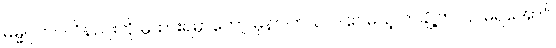
ဓမ္မဂုတ်။ ။ ဝိနည်းကို မူထားရမှာတော့ မှန်ပါတယ်၊ ဒါပေမယ့် တချို့က ပြင်မရအောင်